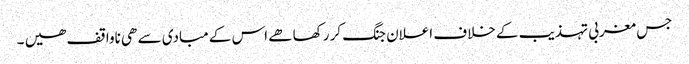
جس مغربی تہذیب کے خلاف اعلان جنگ کر رکھا ھے اس کے مبادی سے ھی ناواقف ھیں ۔